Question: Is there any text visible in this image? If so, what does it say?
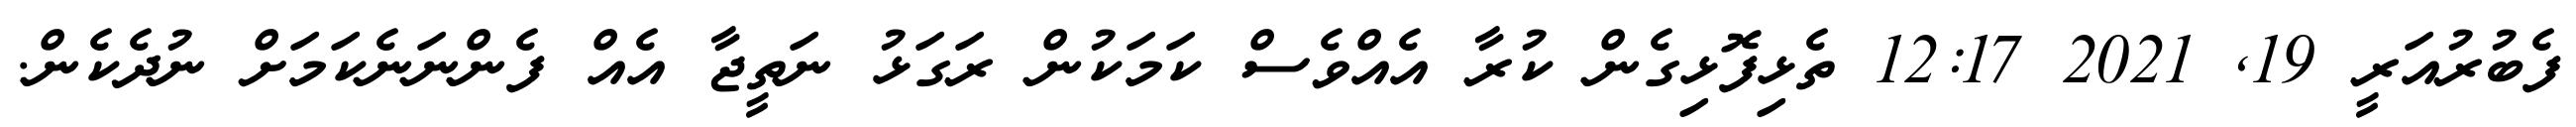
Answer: ފެބުރުއަރީ 19, 2021 12:17 ތެޅިފޮޅިގެން ކުރާ އެއްވެސް ކަމަކުން ރަގަޅު ނަތީޖާ އެއް ފެންނަނެކަމަށް ނުދެކެން.